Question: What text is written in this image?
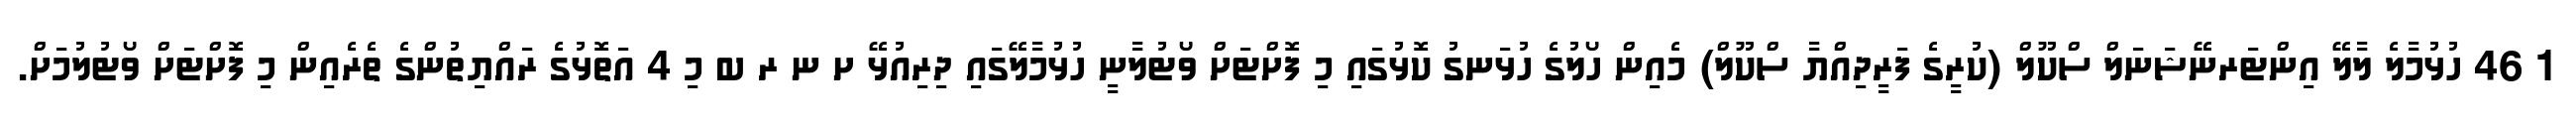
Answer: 1 46 ހުޅުމާލެ ލާލޭ އިންޓަރނޭޝަނަލް ސްކޫލް (ކުރީގެ ފަރީދިއްޔާ ސްކޫލް) މެއިން ހޯލުގެ ހުޅަނގު ކޮޅުގައި މި ފޮށްޓަށް ވޯޓުލާނީ ހުޅުމާލޭގައި ދިރިއުޅޭ ށ ނ ރ ބ މި 4 އަތޮޅުގެ ރައްޔިތުންގެ ތެރެއިން މި ފޮށްޓަށް ވޯޓުލުމަށް.